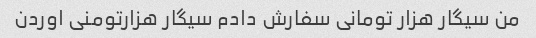
من سیگار هزار تومانی سفارش دادم سیگار هزارتومنی اوردن